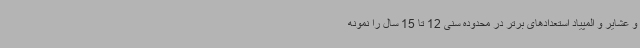
و عشایر و المپیاد استعدادهای برتر در محدوده سنی 12 تا 15 سال را نمونه